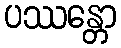
ပဿန္တော